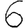
Digit: 6